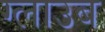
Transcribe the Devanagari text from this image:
ग्लाउब